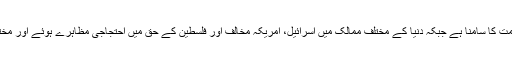
اس فیصلے پر امریکہ کو عالمی سطح پر شدید مذمت کا سامنا ہے جبکہ دنیا کے مختلف ممالک میں اسرائیل، امریکہ مخالف اور فلسطین کے حق میں احتجاجی مظاہرے ہوئے اور مختلف فورمز پر اس فیصلے کی مذمت کی گئی ہے۔